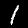
Digit: 1